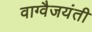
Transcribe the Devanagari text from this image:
वाग्वैजयंती